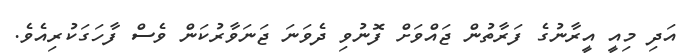
އަދި މިއީ އީރާނުގެ ފަރާތުން ޖައްވަށް ފޮނުވި ދެވަނަ ޖަނަވާރުކަން ވެސް ފާހަގަކުރިއެވެ.